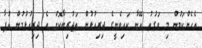
އެހެންކަމުން މި ވަގުތު އޭނާ ކައިވެނީގެ ދިރިއުޅުން ތަޖުރިބާކޮށް އެ ދިރިއުޅުމުން އުފާ